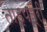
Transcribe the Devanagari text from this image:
ताड़पत्री